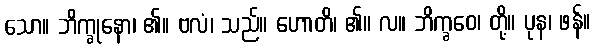
သော။ ဘိက္ခုနော၊ ၏။ ဗလံ၊ သည်။ ဟောတိ၊ ၏။ လ။ ဘိက္ခဝေ၊ တို့။ ပုန၊ ဖန်။